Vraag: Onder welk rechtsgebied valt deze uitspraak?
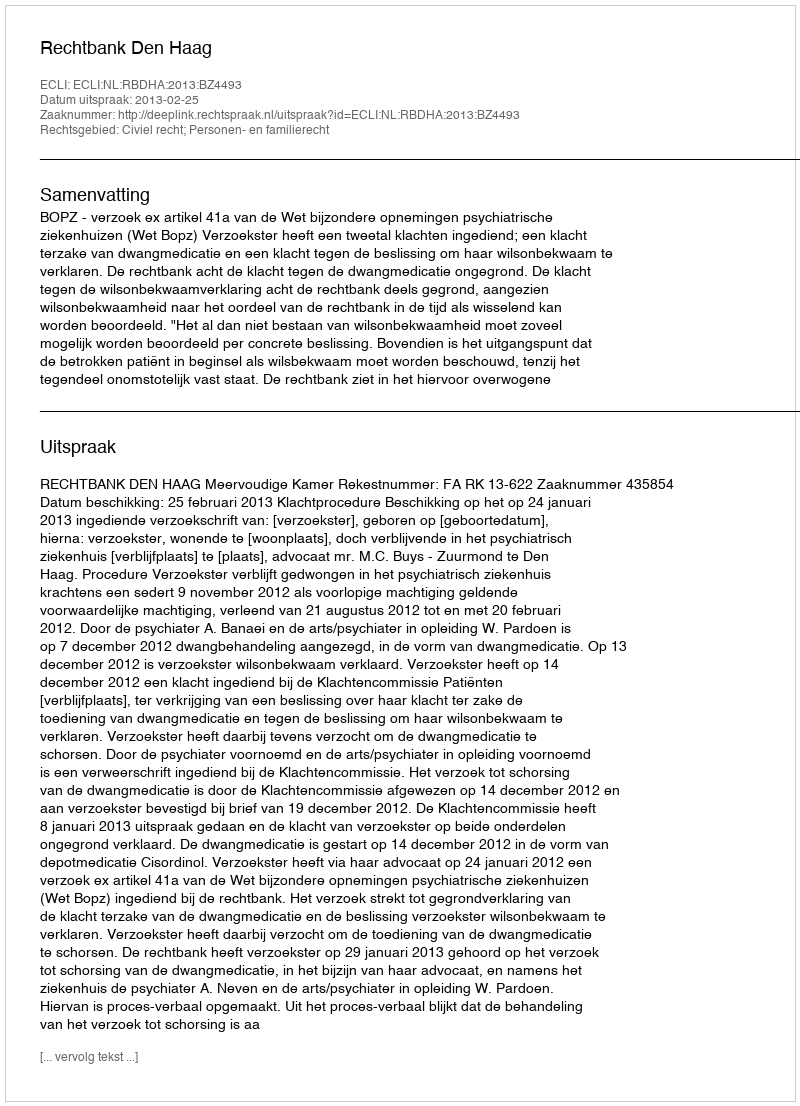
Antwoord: Civiel recht; Personen- en familierecht